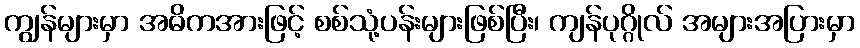
ကျွန်များမှာ အဓိကအားဖြင့် စစ်သုံ့ပန်းများဖြစ်ပြီး၊ ကျန်ပုဂ္ဂိုလ် အများအပြားမှာ